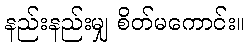
နည်းနည်းမျှ စိတ်မကောင်း။